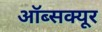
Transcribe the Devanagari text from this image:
ऑब्सक्यूर